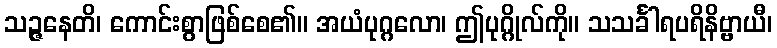
သဉ္ဇနေတိ၊ ကောင်းစွာဖြစ်စေ၏။ အယံပုဂ္ဂလော၊ ဤပုဂ္ဂိုလ်ကို။ သသင်္ခါရပရိနိဗ္ဗာယီ၊